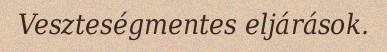
Veszteségmentes eljárások.